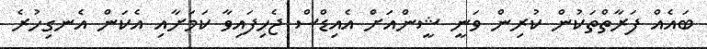
ބައެއް ފަރާތްތަކުން ކުރިން ވަނީ ޝީންއަށް އެއިޑްސް ޖެހިފައިވާ ކަމަށާއި އެކަން އެނގިހުރެ